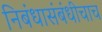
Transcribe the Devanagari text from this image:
निबंधासंबंधीचाच